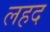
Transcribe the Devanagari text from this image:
लहद